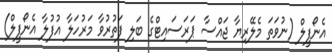
އެނޯފީލް (ނުވަތަ މެލޭރިޔާ ޖައްސާ ޕަރަސައިޓްގެ ބަލި ފަތުރުވާ މަރުހަލާ އުފުލާ އެނޯފީލް)